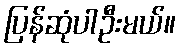
ပြန်ဆုံပါဦးမယ်။